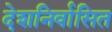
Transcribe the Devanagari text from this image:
देशनिर्वासित